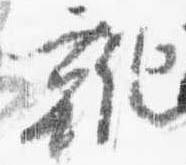
靴